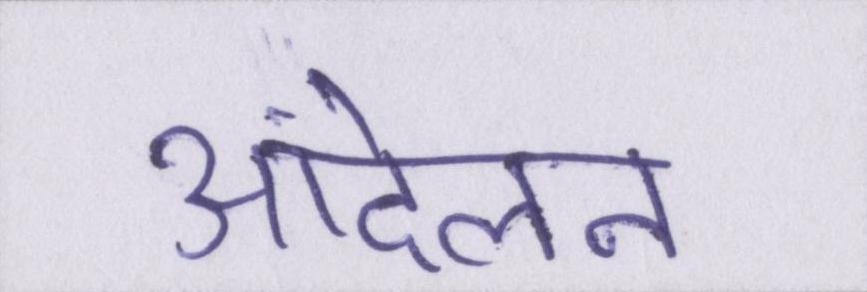
आंदेलन